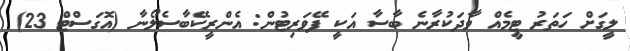
ލީގަށް ހަތަރު ޓީމެއް ވާދަކުރާނެ ބާސާ އަކީ ފޭވަރިޓުން: އެންރީކޭބާސެލޯނާ (އޮގަސްޓް 23)